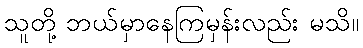
သူတို့ ဘယ်မှာနေကြမှန်းလည်း မသိ။